Annual report of the Imperial Bacteriologist
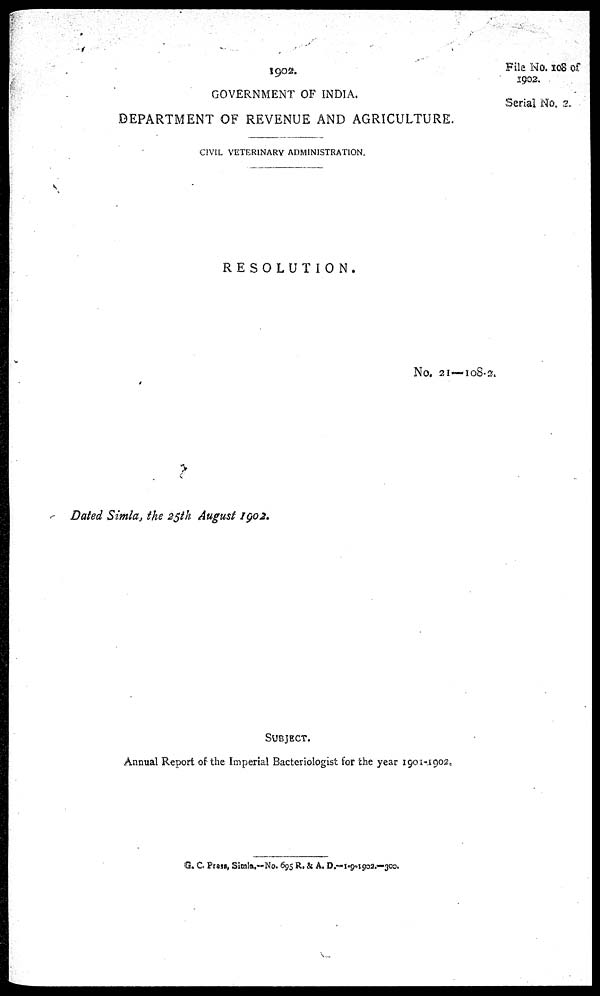
1902.
File No. 108 of
1902.
GOVERNMENT OF INDIA.
Serial No. 2.
DEPARTMENT OF REVENUE AND AGRICULTURE.
CIVIL VETERINARY ADMINISTRATION.
RESOLUTION.
No. 21—108-2.
Dated Simla, the 25th August 1902.
SUBJECT.
Annual Report of the Imperial Bacteriologist for the year 1901-1902.
G. C. Press, Simla.—No. 695 R. & A. D.—1-9-1902.—300.